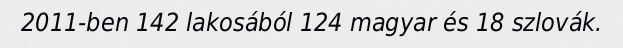
2011-ben 142 lakosából 124 magyar és 18 szlovák.